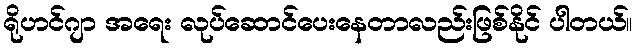
ရိုဟင်ဂျာ အရေး လုပ်ဆောင်ပေးနေတာလည်းဖြစ်နိုင် ပါတယ်။